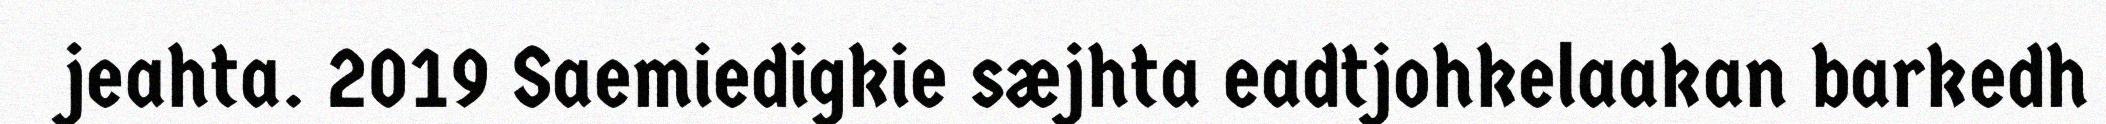
jeahta. 2019 Saemiedigkie sæjhta eadtjohkelaakan barkedh